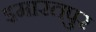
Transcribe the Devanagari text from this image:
इमारतपुर